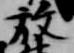
放